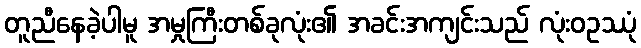
တူညီနေခဲ့ပါမူ အမှုကြီးတစ်ခုလုံး၏ အခင်းအကျင်းသည် လုံးဝဥဿုံ